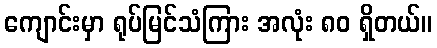
ကျောင်းမှာ ရုပ်မြင်သံကြား အလုံး ၈၀ ရှိတယ်။